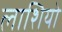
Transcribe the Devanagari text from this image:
लाशियो